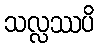
သလ္လဿပိ